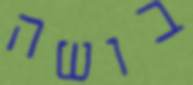
בושה